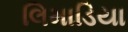
લિમાડિયા